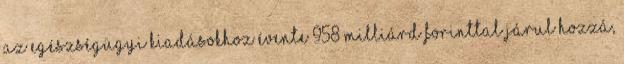
az egészségügyi kiadásokhoz évente 958 milliárd forinttal járul hozzá,